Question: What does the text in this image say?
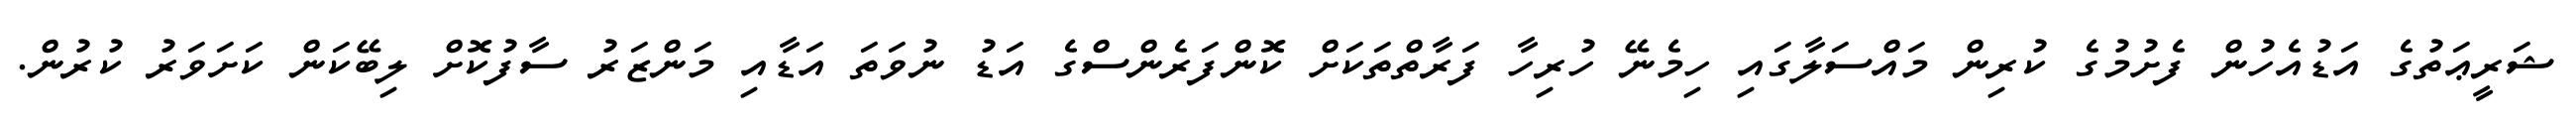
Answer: ޝަރީޢަތުގެ އަޑުއެހުން ފެށުމުގެ ކުރިން މައްސަލާގައި ހިމެނޭ ހުރިހާ ފަރާތްތަކަށް ކޮންފަރެންސްގެ އަޑު ނުވަތަ އަޑާއި މަންޒަރު ސާފުކޮށް ލިބޭކަން ކަށަވަރު ކުރުން.